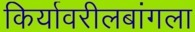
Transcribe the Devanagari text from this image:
किर्यावरीलबांगला